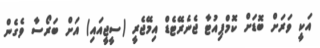
އަކީ ވަރަށް ބޮޑަށް ކޮމްޕިއުޓާ ޖެނެރޭޓެޑް އިމޭޖެރީ (ސީޖީއައި) އަށް ބަރޯސާ ވެގެން